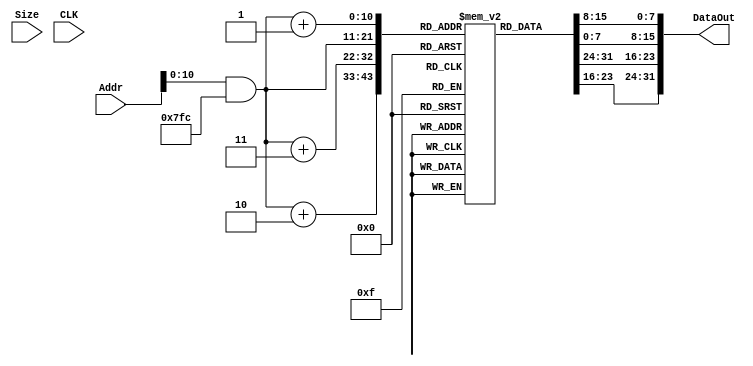
// Library Modules for Northwestern - CompEng 361 - Lab2

module InstMem(Addr, Size, DataOut, CLK);
  input [31:0] Addr;
  input [1:0] 	Size;
  output [31:0] DataOut;
  reg [31:0] DataOut;
  input 	CLK;
  reg [7:0] 	Mem[0:1024];
  wire [31:0] 	AddrW;

  // Addresses are word aligned.
  assign AddrW = Addr & 32'hfffffffc;

  // Little endian
  always @ *
    DataOut = {Mem[AddrW+3], Mem[AddrW+2],
               Mem[AddrW+1], Mem[AddrW]};

endmodule // InstMem


module DataMem(Addr, Size, DataIn, DataOut, WEN, CLK);
  input [31:0] Addr;
  input [1:0] 	Size;
  input [31:0] DataIn;
  output [31:0] DataOut;
  reg [31:0] DataOut;
  input      WEN, CLK;
  reg [7:0] 	Mem[0:1024];

  wire [31:0] 	AddrH, AddrW;

  assign AddrH = Addr & 32'hfffffffe;
  assign AddrW = Addr & 32'hfffffffc;

  always @ *
    DataOut = (Size == 2'b00) ? {4{Mem[Addr]}} :
            ((Size == 2'b01) ? {2{Mem[AddrH+1],Mem[AddrH]}} :
             {Mem[AddrW+3], Mem[AddrW+2], Mem[AddrW+1], Mem[AddrW]});

  always @ (negedge CLK)
    if (!WEN)
    begin
      case (Size)
        2'b00:
        begin // Write byte
          Mem[Addr] <= DataIn[7:0];
        end
        2'b01:
        begin  // Write halfword
          Mem[AddrH] <= DataIn[7:0];
          Mem[AddrH+1] <= DataIn[15:8];
        end
        2'b10, 2'b11:
        begin // Write word
          Mem[AddrW] <= DataIn[7:0];
          Mem[AddrW+1] <= DataIn[15:8];
          Mem[AddrW+2] <= DataIn[23:16];
          Mem[AddrW+3] <= DataIn[31:24];
        end
      endcase // case (Size)
    end // if (!WEN)

endmodule // InstMem

module RegFile(AddrA, DataOutA,
                 AddrB, DataOutB,
                 AddrW, DataInW, WenW, CLK);
  input [4:0] AddrA, AddrB, AddrW;
  output [31:0] DataOutA, DataOutB;
  reg [31:0] DataOutA, DataOutB;
  input [31:0]  DataInW;
  input 	 WenW, CLK;
  reg [31:0] 	 Mem[0:31];

  always @ *
  begin
    // Remember that x0 == 0
    DataOutA = (AddrA == 0) ? 32'h00000000 : Mem[AddrA];
    DataOutB = (AddrB == 0) ? 32'h00000000 : Mem[AddrB];
  end

  always @ (negedge CLK)
  begin
    if (!WenW)
    begin
      Mem[AddrW] <= DataInW;
      //$display("Here: datain %8x, AddrW: %5b REGISTER: %8x", DataInW, AddrW, Mem[AddrW]);
    end
    Mem[0] <= 0; // Enforce the invariant that x0 = 0
  end

endmodule // RegFile


module Reg(Din, Qout, WEN, CLK, RST);
  parameter width = 32;
  input [width-1:0] Din;
  output [width-1:0] Qout;
  input 	      WEN, CLK, RST;

  reg [width-1:0]    Qout;

  always @ (negedge CLK or negedge RST)
    if (!RST)
      Qout <= 0;
    else
      if (!WEN)
        Qout <= Din;

endmodule // Reg